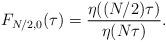
LaTeX: \begin{align*}F_{N/2, 0}(\tau)=\frac{\eta((N/2)\tau)}{\eta(N\tau)}.\end{align*}